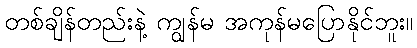
တစ်ချိန်တည်းနဲ့ ကျွန်မ အကုန်မပြောနိုင်ဘူး။